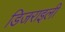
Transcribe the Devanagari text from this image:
डिजराइली